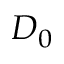
D _ { 0 }